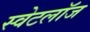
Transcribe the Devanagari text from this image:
स्वेटलॉज